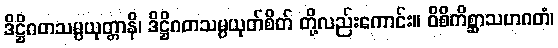
ဒိဋ္ဌိဂတသမ္ပယုတ္တာနိ၊ ဒိဋ္ဌိဂတသမ္ပယုတ်စိတ် တို့လည်းကောင်း။ ဝိစိကိစ္ဆာသဟဂတံ၊